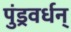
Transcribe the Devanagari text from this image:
पुंड्रवर्धन्